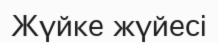
Жүйке жүйесі